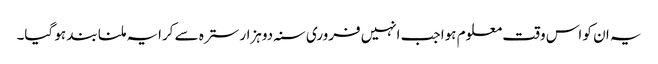
یہ ان کو اس وقت معلوم ہوا جب انہیں فروری سنہ دوہزار سترہ سے کرایہ ملنا بند ہو گیا۔